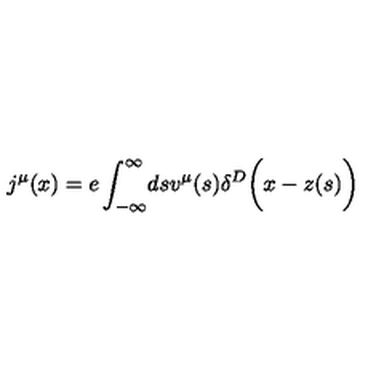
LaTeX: j ^ { \mu } ( x ) = e \int _ { - \infty } ^ { \infty } \! d s v ^ { \mu } ( s ) \delta ^ { D } \biggl ( x - z ( s ) \biggr )